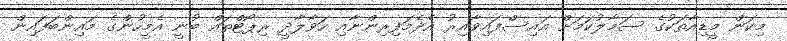
މިކަން މީޑިއާތަކުގެ ސަމާލުކަމަށް އައިސްފައިވާއިރު އެދެމަފިރިންނާއި ހަވާލާދީ ރިޕޯޓްތައް ބުނީ އެމީހުންގެ މައިންބަފައިން